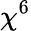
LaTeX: \chi^{6}